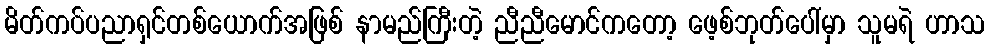
မိတ်ကပ်ပညာရှင်တစ်ယောက်အဖြစ် နာမည်ကြီးတဲ့ ညီညီမောင်ကတော့ ဖေ့စ်ဘုတ်ပေါ်မှာ သူမရဲ ဟာသ